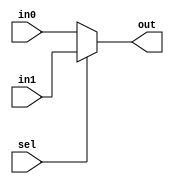
module mux2to1_5bit(out, in0, in1, sel);

output [4:0] out;
reg [4:0] out;
input [4:0] in0, in1;
input sel;

always @(in0, in1, sel)
	out = sel ? in1: in0;
endmodule